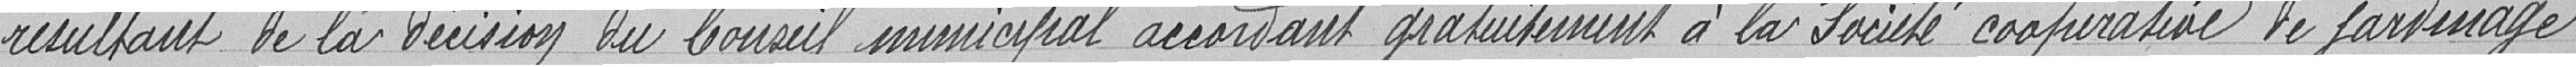
résultant de la décision du Conseil municipal accordant gratuitement à la Société coopérative de jardinage